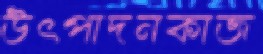
উৎপাদনকাজ